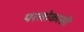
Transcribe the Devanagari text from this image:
परलोकासी